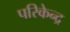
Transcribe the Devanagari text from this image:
परिकेन्द्र